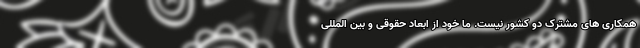
همکاری های مشترک دو کشور نیست. ما خود از ابعاد حقوقی و بین المللی